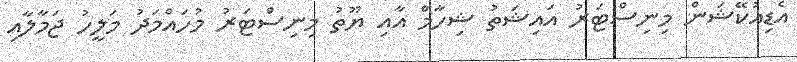
އެޑިއުކޭޝަން މިނިސްޓަރު އައިޝަތު ޝިހާމް އާއި ޔޫތު މިނިސްޓަރު މުހައްމަދު މަލީހު ޖަމާލާއި